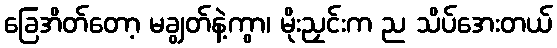
ခြေအိတ်တော့ မချွတ်နဲ့ကွာ၊ မိုးညှင်းက ည သိပ်အေးတယ်